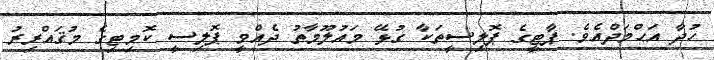
ހުދާ އަޙްމަދްއެވެ. ޕާޓީގެ ޕޮލިސީތަކާ ގުޅޭ މައުލޫމާތު ދެއްވީ ޕޮލިސީ ކޮމިޓިގެ މުޤައްރިރު